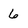
Character: 6